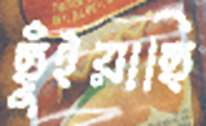
ছুঁইয়াছি